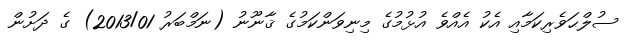
ސުލްޙަވެރިކަމާއި އެކު އެއްވެ އުޅުމުގެ މިނިވަންކަމުގެ ޤާނޫނު (ނަމްބަރު 2013/01) ގެ ދަށުން